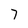
Character: 7